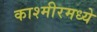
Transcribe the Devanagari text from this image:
काश्‍मीरमध्ये